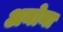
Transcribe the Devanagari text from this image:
अनोना